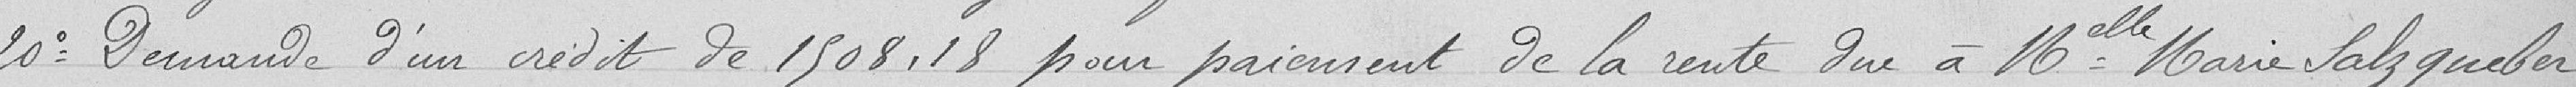
20° Demande d'un crédit de 1508,18 pour paiement de la rente due à Melle Marie Salzqueber